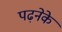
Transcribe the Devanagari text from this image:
पढ़नेके